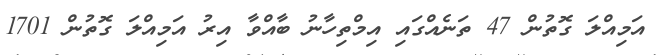
އަމިއްލަ ގޮތުން 47 ތަނެއްގައި އިމްތިހާނު ބާއްވާ އިރު އަމިއްލަ ގޮތުން 1701